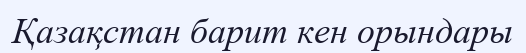
Қазақстан барит кен орындары